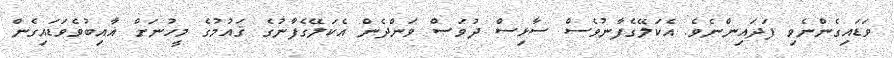
ވަޑައިގެންނެވި ފަދައިންނެވެ. އެކަލޭގެފާނުވެސް ސާޅިސް ދުވަސް ވަންދެން އެކަލޭގެފާނުގެ ޤައުމުގެ މީހުނަށް ޣާއިބުވެވަޑައިގެން